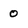
Character: 0